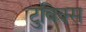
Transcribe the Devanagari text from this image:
टुविक्स